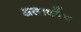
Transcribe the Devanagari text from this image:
अलार्कोंन